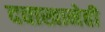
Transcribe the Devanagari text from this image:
दवाखानेही